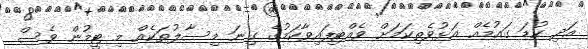
އަދި ކުޑަ ގައުމެއް އަޅުވެތިކަމަށް ވެއްޓިފައިވާކަމުގެ ގިނަ މިސާލުތަކެއް މި ޓީމުން ވެސް